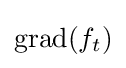
\operatorname {grad} (f_{t})